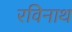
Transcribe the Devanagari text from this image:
रविनाथ